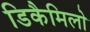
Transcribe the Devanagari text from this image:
डिकैमिलो